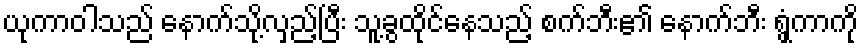
ယုကာဝါသည် နောက်သို့လှည့်ပြီး သူ့ခွထိုင်နေသည့် စက်ဘီး၏ နောက်ဘီး ရွှံ့ကာကို